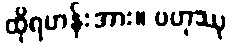
ထိုရဟန်းအား။ ဗဟုဿု